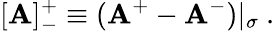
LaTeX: [\mathbf{A}]_{-}^{+}\equiv(\mathbf{A}^{+}-\mathbf{A}^{-})|_{\sigma}~.